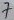
Text: 7